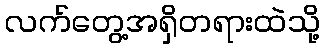
လက်တွေ့အရှိတရားထဲသို့